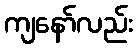
ကျနော်လည်း